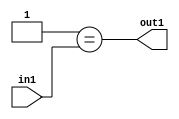
`timescale 1ps / 1ps
/*****************************************************************************
    Verilog RTL Description
    
    
    Created by: Stratus DpOpt 2019.1.01 
*******************************************************************************/

module GauFilter_Eqi1u2_4 (
	in1,
	out1
	); /* architecture "behavioural" */ 
input [1:0] in1;
output  out1;
wire  asc001;

assign asc001 = (7'B0000001==in1);

assign out1 = asc001;
endmodule

/* CADENCE  urX3Swk= : u9/ySgnWtBlWxVPRXgAZ4Og= ** DO NOT EDIT THIS LINE ******/